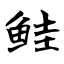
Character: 鲑